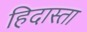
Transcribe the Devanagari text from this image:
हिदास्ता